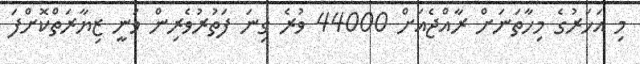
މި އަހަރުގެ މިހާތަނަށް ރާއްޖެއަށް 44000 ވުރެ ގިނަ ފަތުރުވެރިން ވަނީ ޒިޔާރަތްކޮށްފަ